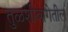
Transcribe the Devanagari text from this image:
तुळशीबागेतील